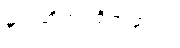
မုတ်ဆိတ်ပဲရိတ်မှာပါ။